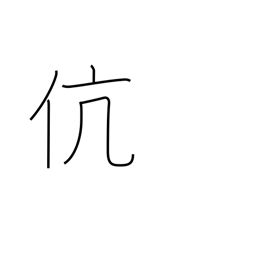
Meaning: same kind